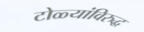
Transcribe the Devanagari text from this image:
टोळ्यांविरुद्ध